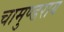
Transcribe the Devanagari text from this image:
चामुण्डराय